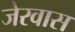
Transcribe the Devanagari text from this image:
जेरवास